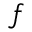
f